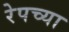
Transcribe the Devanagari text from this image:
रेपच्या